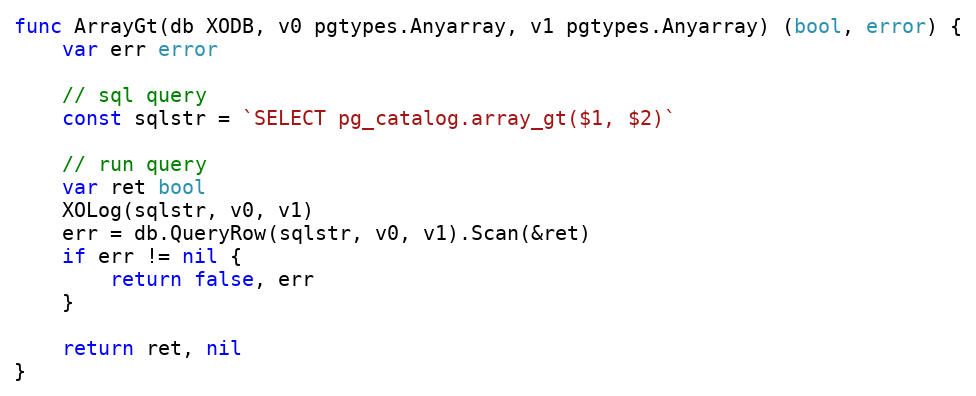
Language: Go
func ArrayGt(db XODB, v0 pgtypes.Anyarray, v1 pgtypes.Anyarray) (bool, error) {
	var err error

	// sql query
	const sqlstr = `SELECT pg_catalog.array_gt($1, $2)`

	// run query
	var ret bool
	XOLog(sqlstr, v0, v1)
	err = db.QueryRow(sqlstr, v0, v1).Scan(&ret)
	if err != nil {
		return false, err
	}

	return ret, nil
}